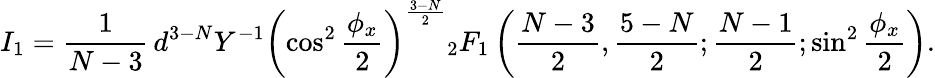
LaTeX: {}I_{1}=\frac{1}{N-3}\, {d^{3-N}}{Y^{-1}}\left(\cos^{2}\frac{\phi_{x}}{2}\right)^{\frac{3-N}{2}}{}_{2}F_{1}\left(\frac{N-3}{2},\frac{5-N}{2};\frac{N-1}{2};\sin^{2}\frac{\phi_{x}}{2}\right).